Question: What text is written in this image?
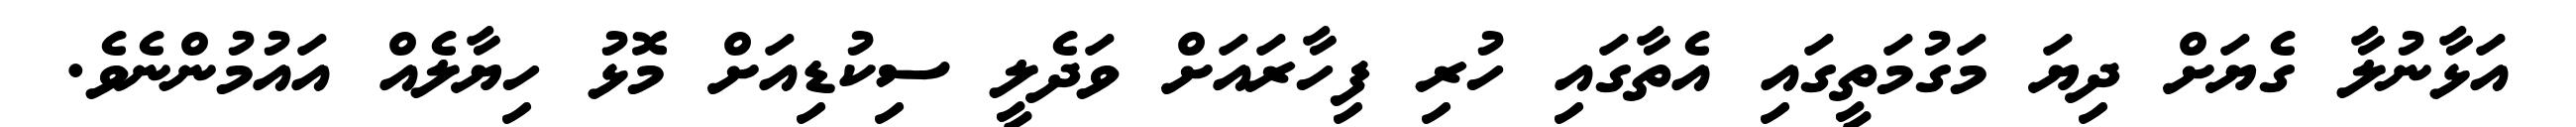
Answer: އަޅާނުލާ ގެޔަށް ދިޔަ މަގުމަތީގައި އެތާގައި ހުރި ފިހާރައަށް ވަދެލީ ސިކުޑިއަށް މޮޅު ހިޔާލެއް އައުމުންނެވެ.